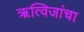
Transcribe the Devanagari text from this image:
ॠत्विजांचा